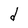
Character: d